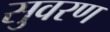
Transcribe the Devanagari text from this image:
सुवरण